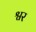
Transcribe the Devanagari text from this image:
श्वर